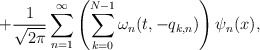
\begin{align*}+\frac{1}{\sqrt{2\pi}}\sum_{n=1}^{\infty}\left(\sum\limits_{k=0}^{N-1}\omega_n(t,-q_{k,n})\right)\psi_n(x),\end{align*}